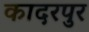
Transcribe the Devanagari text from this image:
कादरपुर